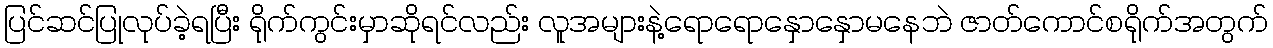
ပြင်ဆင်ပြုလုပ်ခဲ့ရပြီး ရိုက်ကွင်းမှာဆိုရင်လည်း လူအများနဲ့ရောရောနှောနှောမနေဘဲ ဇာတ်ကောင်စရိုက်အတွက်